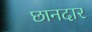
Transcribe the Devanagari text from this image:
छानदार